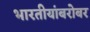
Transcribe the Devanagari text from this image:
भारतीयांबरोबर